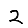
Digit: 2